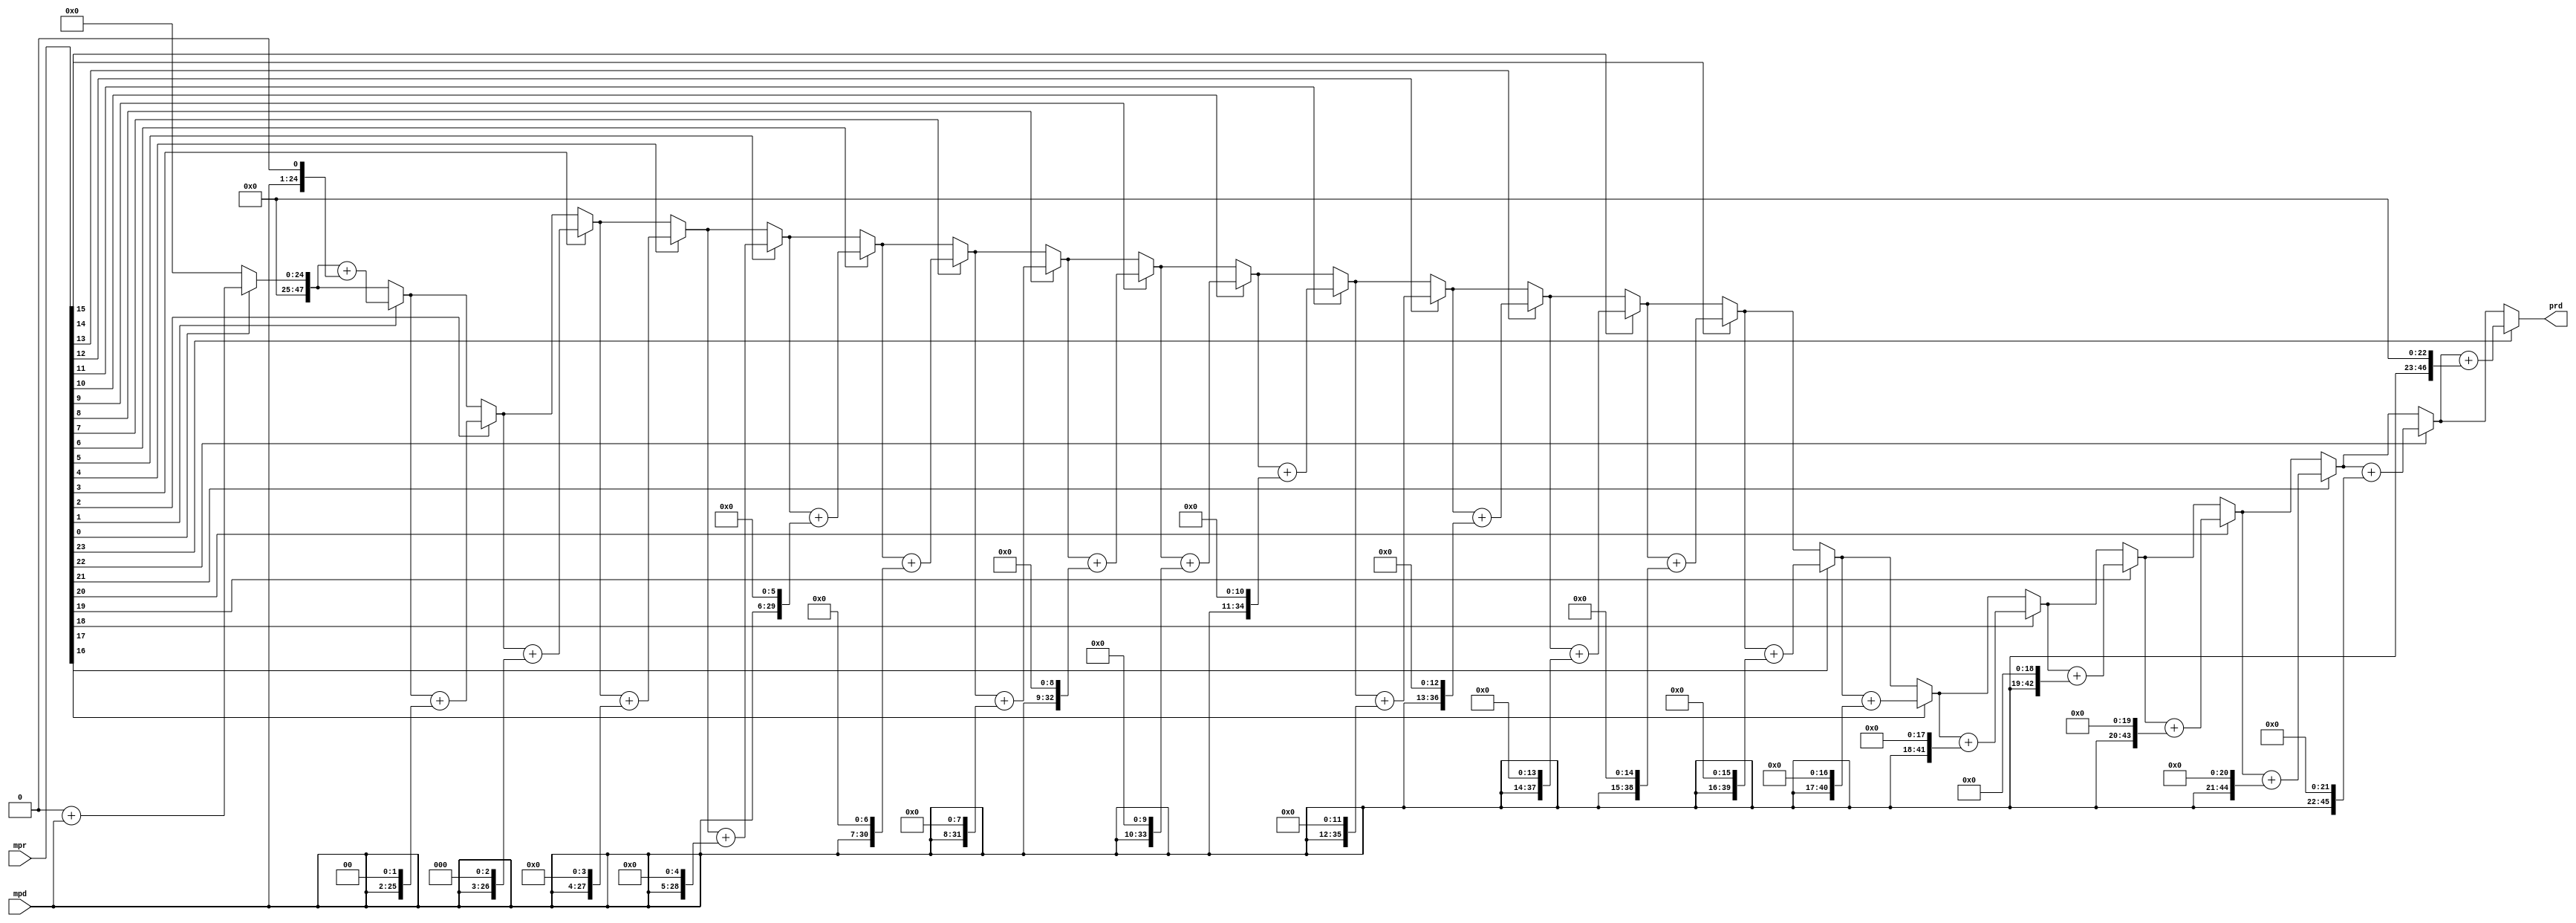
module shiftaddmul(mpr, mpd, prd);
   input [23:0]  mpr, mpd;
   output [47:0] prd;
   integer i;
	reg [47:0] product;
	assign prd=product;
   always @(mpr or mpd)
     begin
        product = 0;  
        for(i=0; i<24; i=i+1)
          if( mpr[i] == 1'b1 ) product = product + ( mpd << i );
     end
endmodule